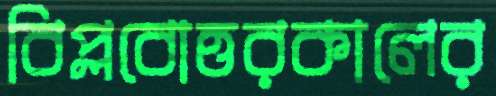
বিপ্লবোত্তরকালের